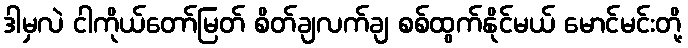
ဒါမှလဲ ငါကိုယ်တော်မြတ် စိတ်ချလက်ချ စစ်ထွက်နိုင်မယ် မောင်မင်းတို့